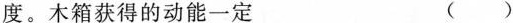
度。木箱获得的动能一定 ( )